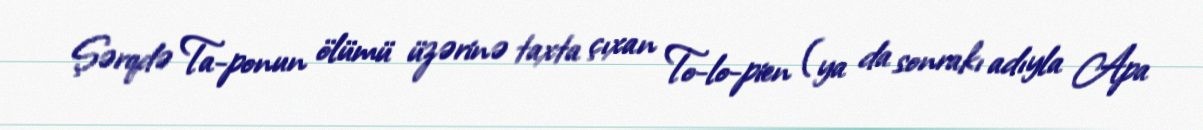
Şərqdə Ta-ponun ölümü üzərinə taxta çıxan To-lo-pien (ya da sonrakı adıyla Apa